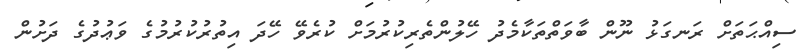
ސިއްޙަތަށް ރަނގަޅު ނޫން ބާވަތްތަކާމެދު ހޭލުންތެރިކުރުމަށް ކުރެވޭ ހޭދަ އިތުރުކުރުމުގެ ވަޢުދުގެ ދަށުން